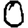
Digit: 0